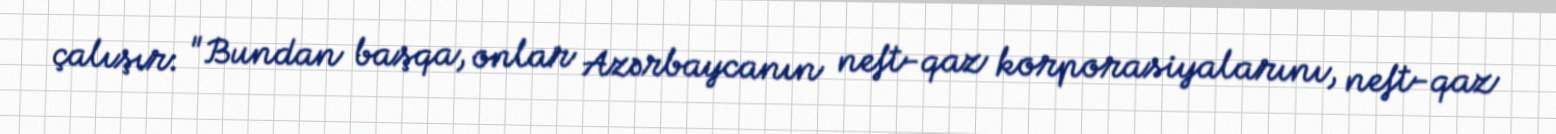
çalışır: "Bundan başqa, onlar Azərbaycanın neft-qaz korporasiyalarını, neft-qaz